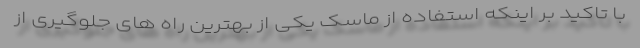
با تاکید بر اینکه استفاده از ماسک یکی از بهترین راه های جلوگیری از